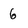
Character: 6